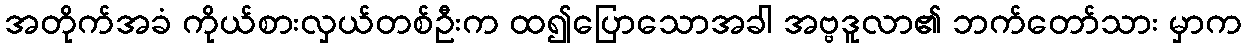
အတိုက်အခံ ကိုယ်စားလှယ်တစ်ဦးက ထ၍ပြောသောအခါ အဗ္ဗဒူလာ၏ ဘက်တော်သား မှာက